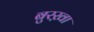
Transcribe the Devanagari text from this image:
बुरख़ा